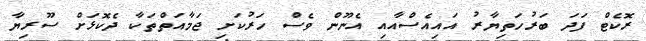
ރޮކެޓް ފަދަ ބަރުހަތިޔާރު އައިއެސްއާއި އެނޫން ވެސް ހަރުކަށި ޖަމާއަތްތަކާ ދެކޮޅަށް ސޫރިޔާ